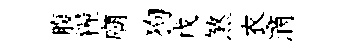
腹糧廟狗戊煞衣滴